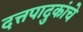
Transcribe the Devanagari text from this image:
दत्तपादुकांचे